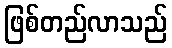
ဖြစ်တည်လာသည်